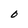
Character: O